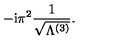
- \mathrm { i } \pi ^ { 2 } \frac { 1 } { \sqrt { \Lambda ^ { ( 3 ) } } } .